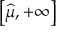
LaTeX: \textstyle \left[ { \widehat { \mu } } , + \infty \right]